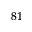
^ { 8 1 }